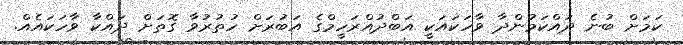
ކަމަށް ބުނެ ދައްކަމުންދާ ވާހަކައަކީ އަބްދުއްރަހީމްގެ އަބުރަށް ހުތުރުވާ ގޮތަށް ދައްކާ ވާހަކައެއް.